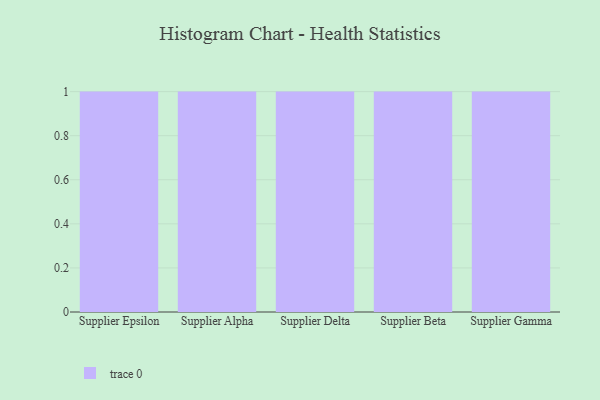
{"axis": {"x": "Supplier", "y": "Satisfaction Score"}, "legend": [""], "data": [{"x": "Supplier Epsilon", "y": 97, "type": ""}, {"x": "Supplier Alpha", "y": 93, "type": ""}, {"x": "Supplier Delta", "y": 97, "type": ""}, {"x": "Supplier Beta", "y": 34, "type": ""}, {"x": "Supplier Gamma", "y": 30, "type": ""}]}